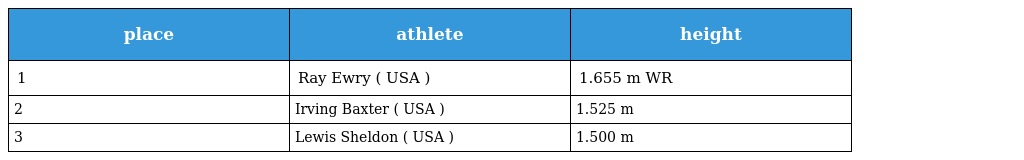
| place | athlete | height |
 | --- | --- | --- |
 | 1 | Ray Ewry ( USA ) | 1.655 m WR |
 | 2 | Irving Baxter ( USA ) | 1.525 m |
 | 3 | Lewis Sheldon ( USA ) | 1.500 m |